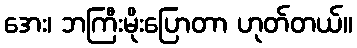
အေး၊ ဘကြီးမိုးပြောတာ ဟုတ်တယ်။